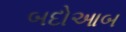
બદોઆબ